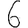
Digit: 6